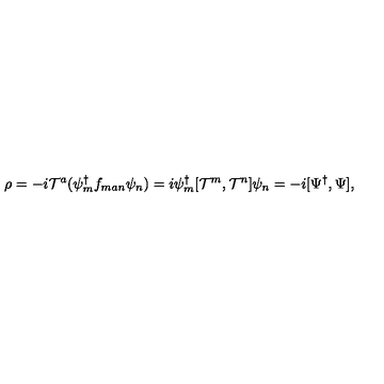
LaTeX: \rho = - i { \cal T } ^ { a } ( { \psi } _ { m } ^ { \dagger } f _ { m a n } { \psi } _ { n } ) = i \psi _ { m } ^ { \dagger } [ { \cal T } ^ { m } , { \cal T } ^ { n } ] \psi _ { n } = - i [ \Psi ^ { \dagger } , \Psi ] ,